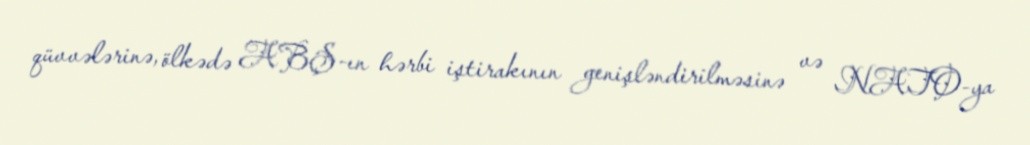
qüvvələrinə, ölkədə ABŞ-ın hərbi iştirakının genişləndirilməsinə və NATO-ya